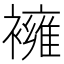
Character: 𧝸